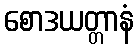
စောဒယတ္တာနံ